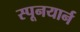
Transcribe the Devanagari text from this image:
स्पूनयार्न